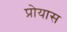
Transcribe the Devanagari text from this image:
प्रोयास